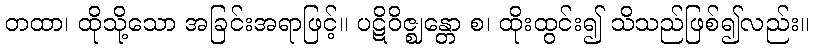
တထာ၊ ထိုသို့သော အခြင်းအရာဖြင့်။ ပဋိဝိဇ္ဈန္တော စ၊ ထိုးထွင်း၍ သိသည်ဖြစ်၍လည်း။